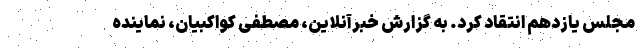
مجلس یازدهم انتقاد کرد. به گزارش خبرآنلاین، مصطفی کواکبیان، نماینده